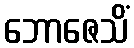
ဘောဇေသိံ